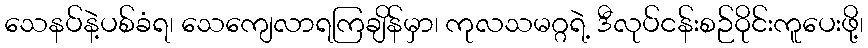
သေနပ်နဲ့ပစ်ခံရ၊ သေကျေလာရကြချိန်မှာ၊ ကုလသမဂ္ဂရဲ့ ဒီလုပ်ငန်းစဉ်ဝိုင်းကူပေးဖို့၊